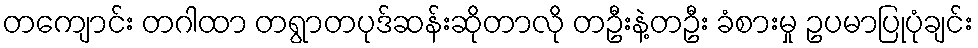
တကျောင်း တဂါထာ တရွာတပုဒ်ဆန်းဆိုတာလို တဦးနဲ့တဦး ခံစားမှု ဥပမာပြုပုံချင်း